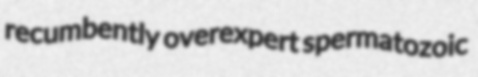
recumbently overexpert spermatozoic